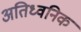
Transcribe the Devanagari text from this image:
अतिध्वनिक